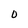
Character: 0